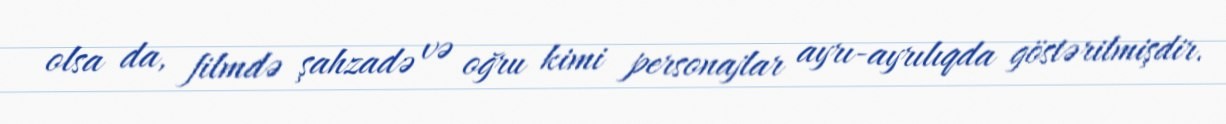
olsa da, filmdə şahzadə və oğru kimi personajlar ayrı-ayrılıqda göstərilmişdir.